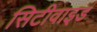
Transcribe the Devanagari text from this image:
सिटीवाइड